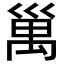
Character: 𥜿